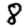
Digit: 8